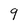
Character: 9